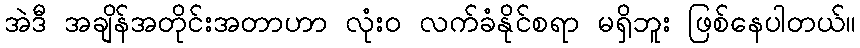
အဲဒီ အချိန်အတိုင်းအတာဟာ လုံး၀ လက်ခံနိုင်စရာ မရှိဘူး ဖြစ်နေပါတယ်။